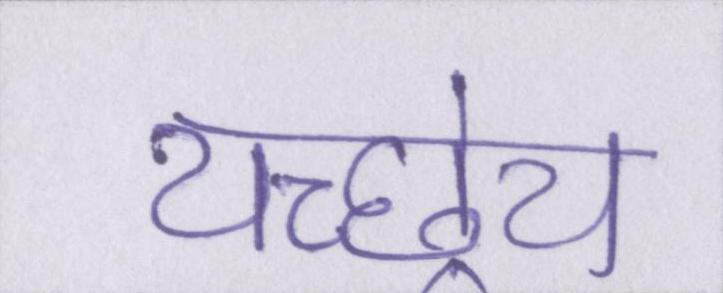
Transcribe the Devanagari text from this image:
यच्छ्रेय